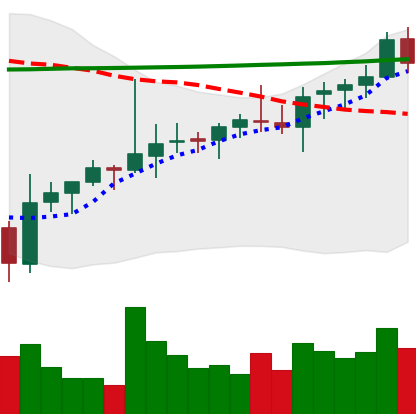
Ticker: ADA-USD
Chart end date: 2021-08-08
Forward return: 49.603%
Label: up_7plus